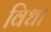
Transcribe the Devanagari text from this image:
विधा